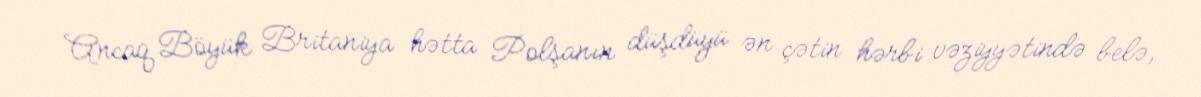
Ancaq Böyük Britaniya hətta Polşanın düşdüyü ən çətin hərbi vəziyyətində belə,